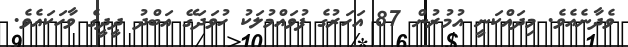
ވެދާނެއެވެ. މިދައްކަނީ އުމުރުން 87 އަހަރުގެ ފުވައްމުލަކު ހުވަދަގޭ އަބްދު ދީދީގެ ވާހަކައެވެ.